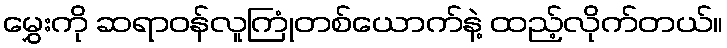
မွှေးကို ဆရာဝန်လူကြုံတစ်ယောက်နဲ့ ထည့်လိုက်တယ်။